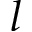
l